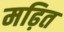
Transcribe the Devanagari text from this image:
मढ़ित